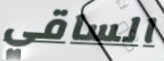
الساقي